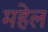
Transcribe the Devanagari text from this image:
महेल